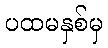
ပထမနှစ်မှ